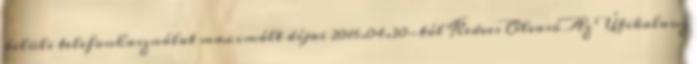
belüli telefonhasználat maximált díjai 2016.04.30-tól Kedves Olvasó Az Útikalauz